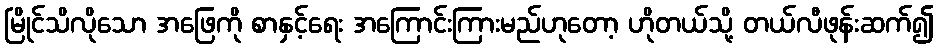
မြိုင်သိလိုသော အဖြေကို စာနှင့်ရေး အကြောင်းကြားမည်ဟုတော့ ဟိုတယ်သို့ တယ်လီဖုန်းဆက်၍